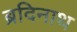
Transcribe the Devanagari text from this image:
ब्रदिनाथ